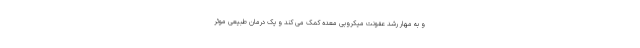
و به مهار رشد عفونت میکروبی معده کمک می کند و یک درمان طبیعی موثر